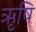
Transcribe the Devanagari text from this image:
ऋृषि